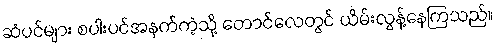
ဆံပင်များ စပါးပင်အနက်ကဲ့သို့ တောင်လေတွင် ယိမ်းလွန့်နေကြသည်။